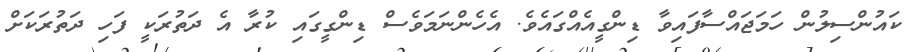
ކައުންސިލުން ހަމަޖައްސާފައިވާ ޑިންގީއެއްގައެވެ. އެހެންނަމަވެސް ޑިންގީގައި ކުރާ އެ ދަތުރަކީ ފަހި ދަތުރަކަށް